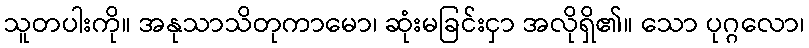
သူတပါးကို။ အနုသာသိတုကာမော၊ ဆုံးမခြင်းငှာ အလိုရှိ၏။ သော ပုဂ္ဂလော၊